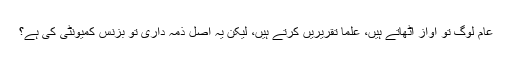
عام لوگ تو آواز اٹھاتے ہیں، علما تقریریں کرتے ہیں، لیکن یہ اصل ذمہ داری تو بزنس کمیونٹی کی ہے؟